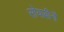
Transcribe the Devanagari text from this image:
सोयाबीनों